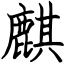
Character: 麒